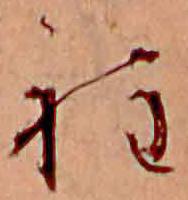
程